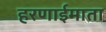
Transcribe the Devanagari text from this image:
हरणाईमाता